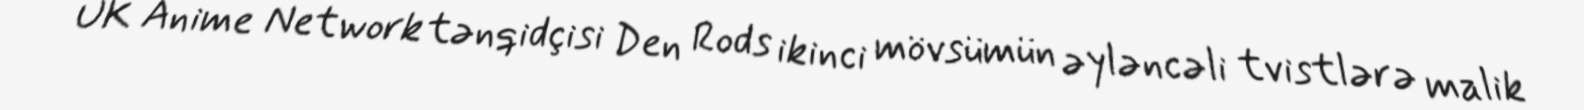
UK Anime Network tənqidçisi Den Rods ikinci mövsümün əyləncəli tvistlərə malik